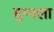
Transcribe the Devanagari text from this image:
मुप्पला